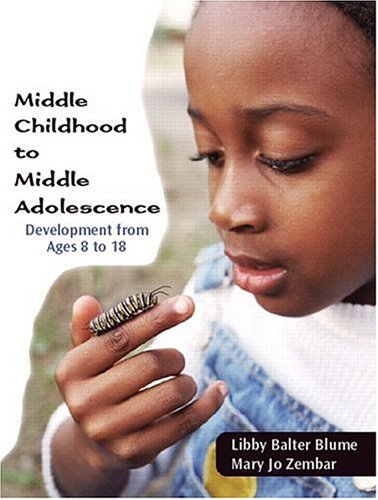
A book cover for Middle Childhood to Middle Adolescence: Development from Ages 8 to 18; Libby Balter Blume; Self-Help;